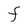
Character: F